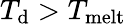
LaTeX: T_{\mathrm{d}}>T_{\mathrm{melt}}